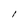
Character: l